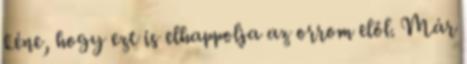
kéne, hogy ezt is elhappolja az orrom elől. Már